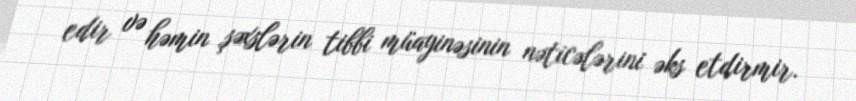
edir və həmin şəxslərin tibbi müayinəsinin nəticələrini əks etdirmir.